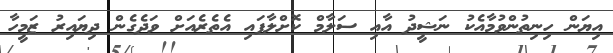
އިޔަން ހިނިތުންވުމާއެކު ނަޝީދު އާއި ސަލާމް ކޮށްލާފައި އެތެރެއަށް ވަދެގެން ދިޔައިރު ޒަމީހާ